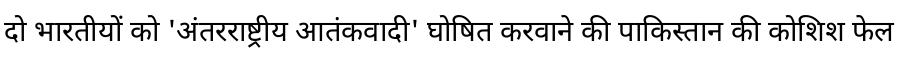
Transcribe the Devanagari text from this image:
दो भारतीयों को 'अंतरराष्ट्रीय आतंकवादी' घोषित करवाने की पाकिस्तान की कोशिश फेल